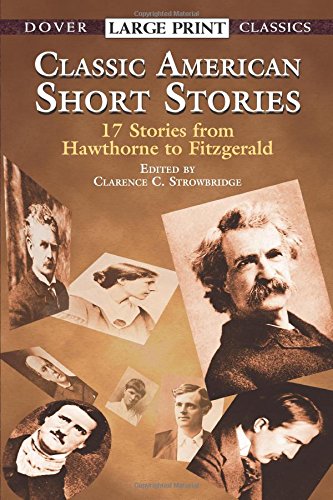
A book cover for Classic American Short Stories (Dover Large Print Classics); Literature & Fiction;